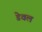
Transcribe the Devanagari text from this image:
डेवल